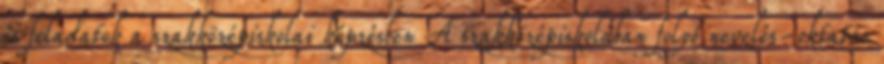
és feladatok a szakközépiskolai képzésben A szakközépiskolában folyó nevelés-oktatás